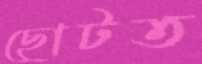
ছোটত